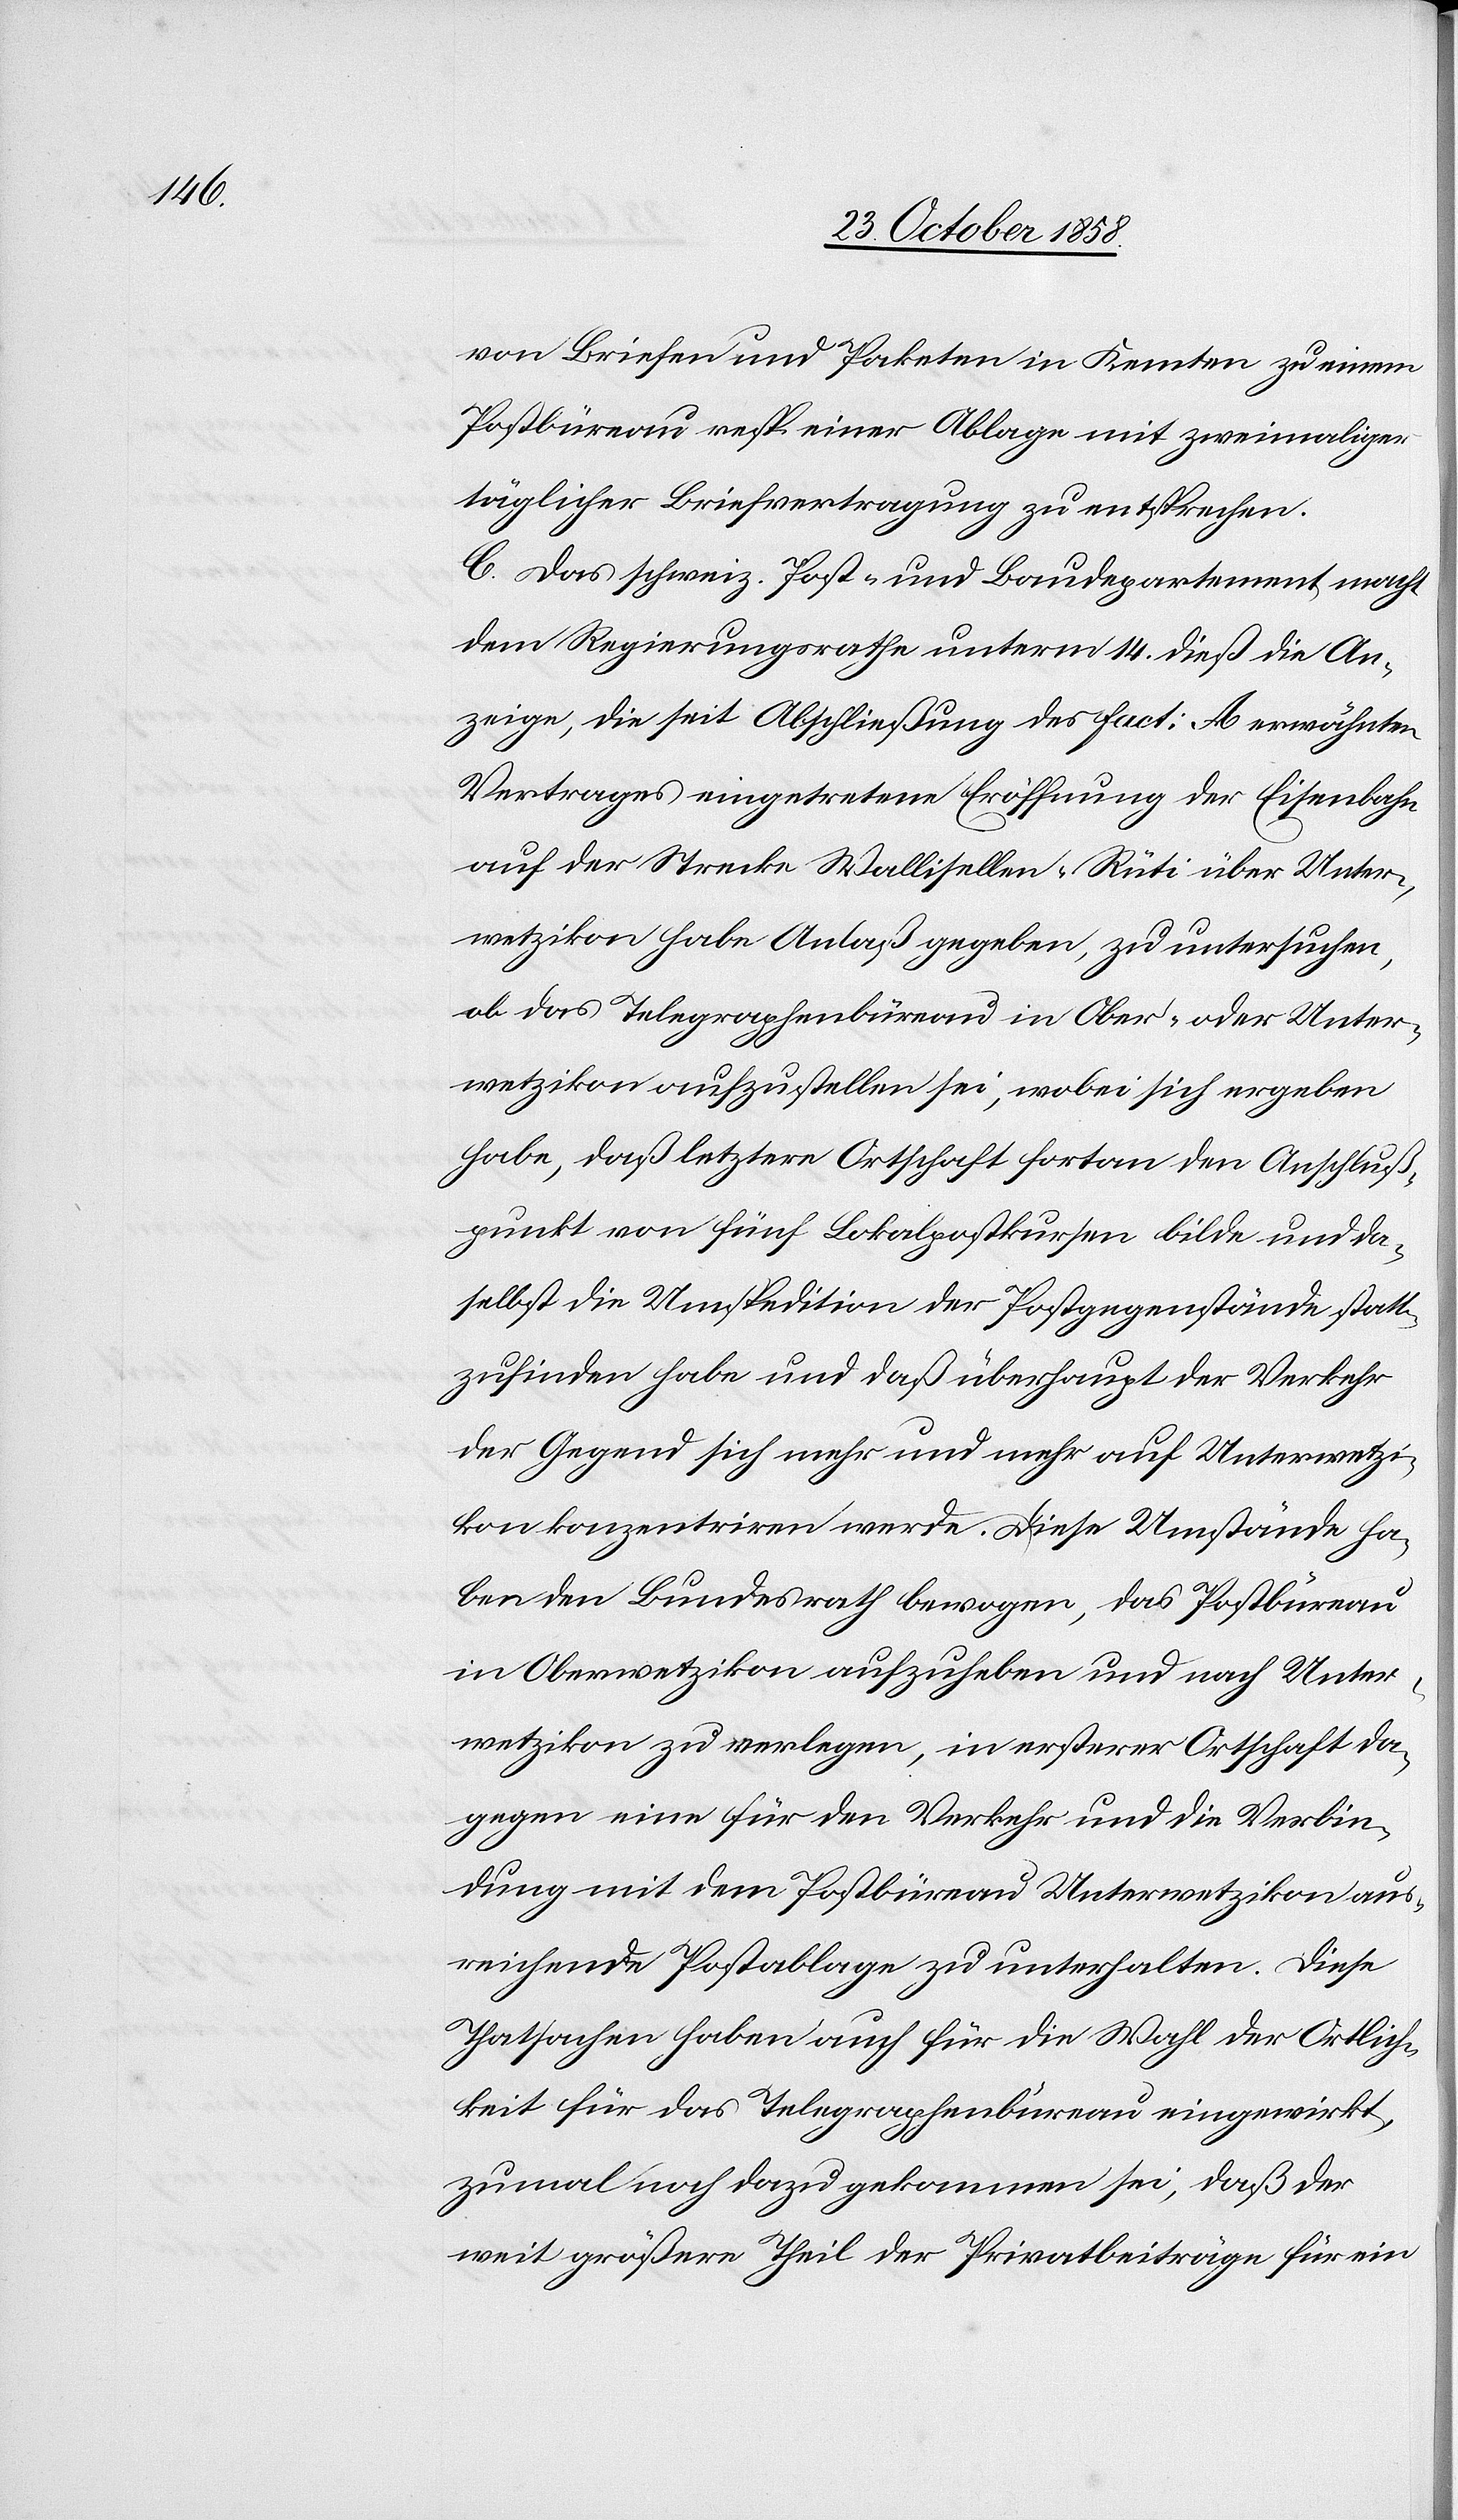
von Briefen und Paketen in Kemten zu einem
Postbüreau resp. einer Ablage mit zweimaliger
täglicher Briefvertragung zu entsprechen.
C. Das schweiz. Post- und Baudepartement macht
dem Regierungsrathe unterm 14. dieß die An¬
zeige, die seit Abschließung des Fact: A erwähnten
Vertrages eingetretene Eröffnung der Eisenbahn
auf der Strecke Wallisellen–Rüti über Unter¬
wetzikon habe Anlaß gegeben, zu untersuchen,
ob das Telegraphenbüreau in Ober- oder Unter¬
wetzikon aufzustellen sei, wobei sich ergeben
habe, daß letztere Ortschaft fortan den Anschluß¬
punkt von fünf Lokalpostkursen bilde und da¬
selbst die Umspedition der Postgegenstände statt¬
zufinden habe und daß überhaupt der Verkehr
der Gegend sich mehr und mehr auf Unterwetzi¬
kon konzentriren werde. Diese Umstände ha¬
ben den Bundesrath bewogen, das Postbüreau
in Oberwetzikon aufzuheben und nach Unter¬
wetzikon zu verlegen, in ersterer Ortschaft da¬
gegen eine für den Verkehr und die Verbin¬
dung mit dem Postbüreau Unterwetzikon aus¬
reichende Postablage zu unterhalten. Diese
Thatsachen haben auch für die Wahl der Ortlich¬
keit für das Telegraphenbüreau eingewirkt,
zumal noch dazu gekommen sei, daß der
weit größere Theil der Privatbeiträge für ein